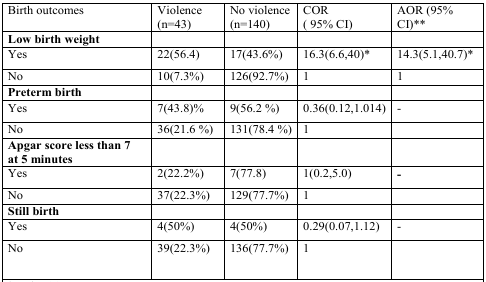
<table><thead><tr><td><b>Birth outcomes</b></td><td><b>Violence(n=43)</b></td><td><b>No violence(n=140)</b></td><td><b>COR(95% CI)</b></td><td><b>AOR (95%CI)**</b></td></tr></thead><tbody><tr><td><b>Low birth weight</b></td><td></td><td></td><td></td><td></td></tr><tr><td>Yes</td><td>22(56.4)</td><td>17(43.6%)</td><td>16.3(6.6,40)*</td><td>14.3(5.1,40.7)*</td></tr><tr><td>No</td><td>10(7.3%)</td><td>126(92.7%)</td><td>1</td><td>1</td></tr><tr><td><b>Preterm birth</b></td><td></td><td></td><td></td><td></td></tr><tr><td>Yes</td><td>7(43.8)%</td><td>9(56.2 %)</td><td>0.36(0.12,1.014)</td><td>-</td></tr><tr><td>No</td><td>36(21.6 %)</td><td>131(78.4 %)</td><td>1</td><td></td></tr><tr><td><b>Apgar score less than 7</b><b>at 5 minutes</b></td><td></td><td></td><td></td><td></td></tr><tr><td>Yes</td><td>2(22.2%)</td><td>7(77.8)</td><td>1(0.2,5.0)</td><td>-</td></tr><tr><td>No</td><td>37(22.3%)</td><td>129(77.7%)</td><td>1</td><td></td></tr><tr><td><b>Still birth</b></td><td></td><td></td><td></td><td></td></tr><tr><td>Yes</td><td>4(50%)</td><td>4(50%)</td><td>0.29(0.07,1.12)</td><td>-</td></tr><tr><td>No</td><td>39(22.3%)</td><td>136(77.7%)</td><td>1</td><td></td></tr></tbody></table>